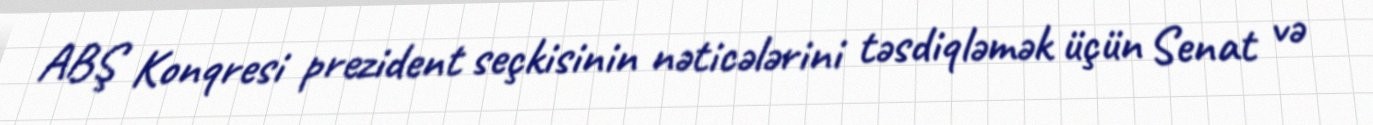
ABŞ Konqresi prezident seçkisinin nəticələrini təsdiqləmək üçün Senat və